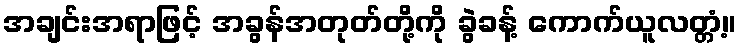
အချင်းအရာဖြင့် အခွန်အတုတ်တို့ကို ခွဲခန့် ကောက်ယူလတ္တံ့။